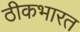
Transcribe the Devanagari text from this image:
ठीकभारत